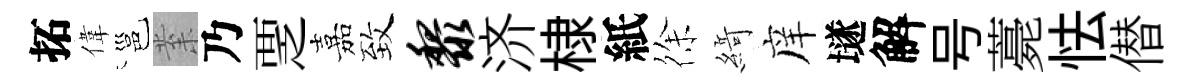
拓偉邕𭪙乃覂嘉致黎济棣紙徐𦂶庠𡑞解号薧怯僣